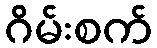
ဂိမ်းစက်